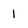
Character: I